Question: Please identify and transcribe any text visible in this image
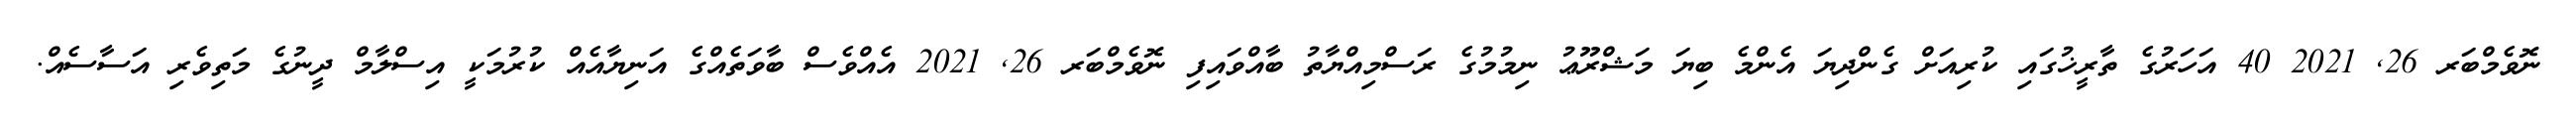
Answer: ނޮވެމްބަރ 26, 2021 40 އަހަރުގެ ތާރީޚުގައި ކުރިއަށް ގެންދިޔަ އެންމެ ބިޔަ މަޝްރޫޢު ނިމުމުގެ ރަސްމިއްޔާތު ބާއްވައިފި ނޮވެމްބަރ 26, 2021 އެއްވެސް ބާވަތެއްގެ އަނިޔާއެއް ކުރުމަކީ އިސްލާމް ދީނުގެ މަތިވެރި އަސާސެއް.